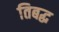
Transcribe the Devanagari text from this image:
तिबद्ध